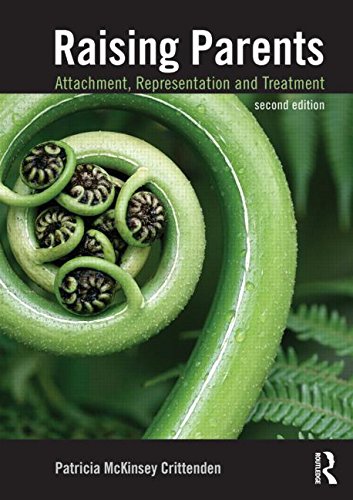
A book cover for Raising Parents: Attachment, Representation, and Treatment; Patricia M. Crittenden; Parenting & Relationships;